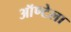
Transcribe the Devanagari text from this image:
ऑण्टेला